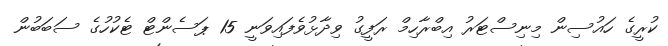
ކުރީގެ ހައުސިން މިނިސްޓަރު އިބްރާހިމް ރަފީގު ވިދާޅުވެފައިވަނީ 15 ޕަސެންޓް ޓެކުހުގެ ސަބަބުން